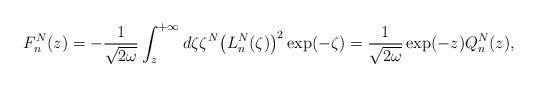
LaTeX: \begin{align*} F_{n}^{N}(z)=-\frac{1}{\sqrt{2\omega }}\int_{z}^{+\infty }d\zeta \zeta ^{N}\big( L_{n}^{N}(\zeta) \big) ^{2}\exp ( -\zeta ) =\frac{1}{\sqrt{2\omega }}\exp (-z) Q_{n}^{N}(z), \end{align*}